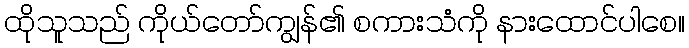
ထိုသူသည် ကိုယ်တော်ကျွန်၏ စကားသံကို နားထောင်ပါစေ။